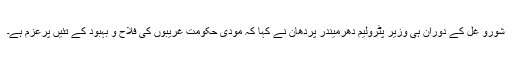
شورو غل کے دوران ہی وزیر پٹرولیم دھرمیندر پردھان نے کہا کہ مودی حکومت غریبوں کی فلاح و بہبود کے تئیں پرعزم ہے۔